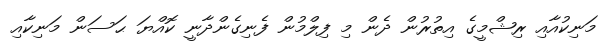
މަނިކުއާއި ރިޝްމީގެ އިތުރުން ދެން މި ފިލްމުން ފެނިގެންދާނީ ކޮއްޔަ ޙަސަން މަނިކާއި